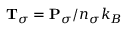
{ \bf T } _ { \sigma } = { \bf P } _ { \sigma } / n _ { \sigma } k _ { B }